65_HS1-834228961_62-HQ-83894_Section_6
Agency: FBI
Page 162
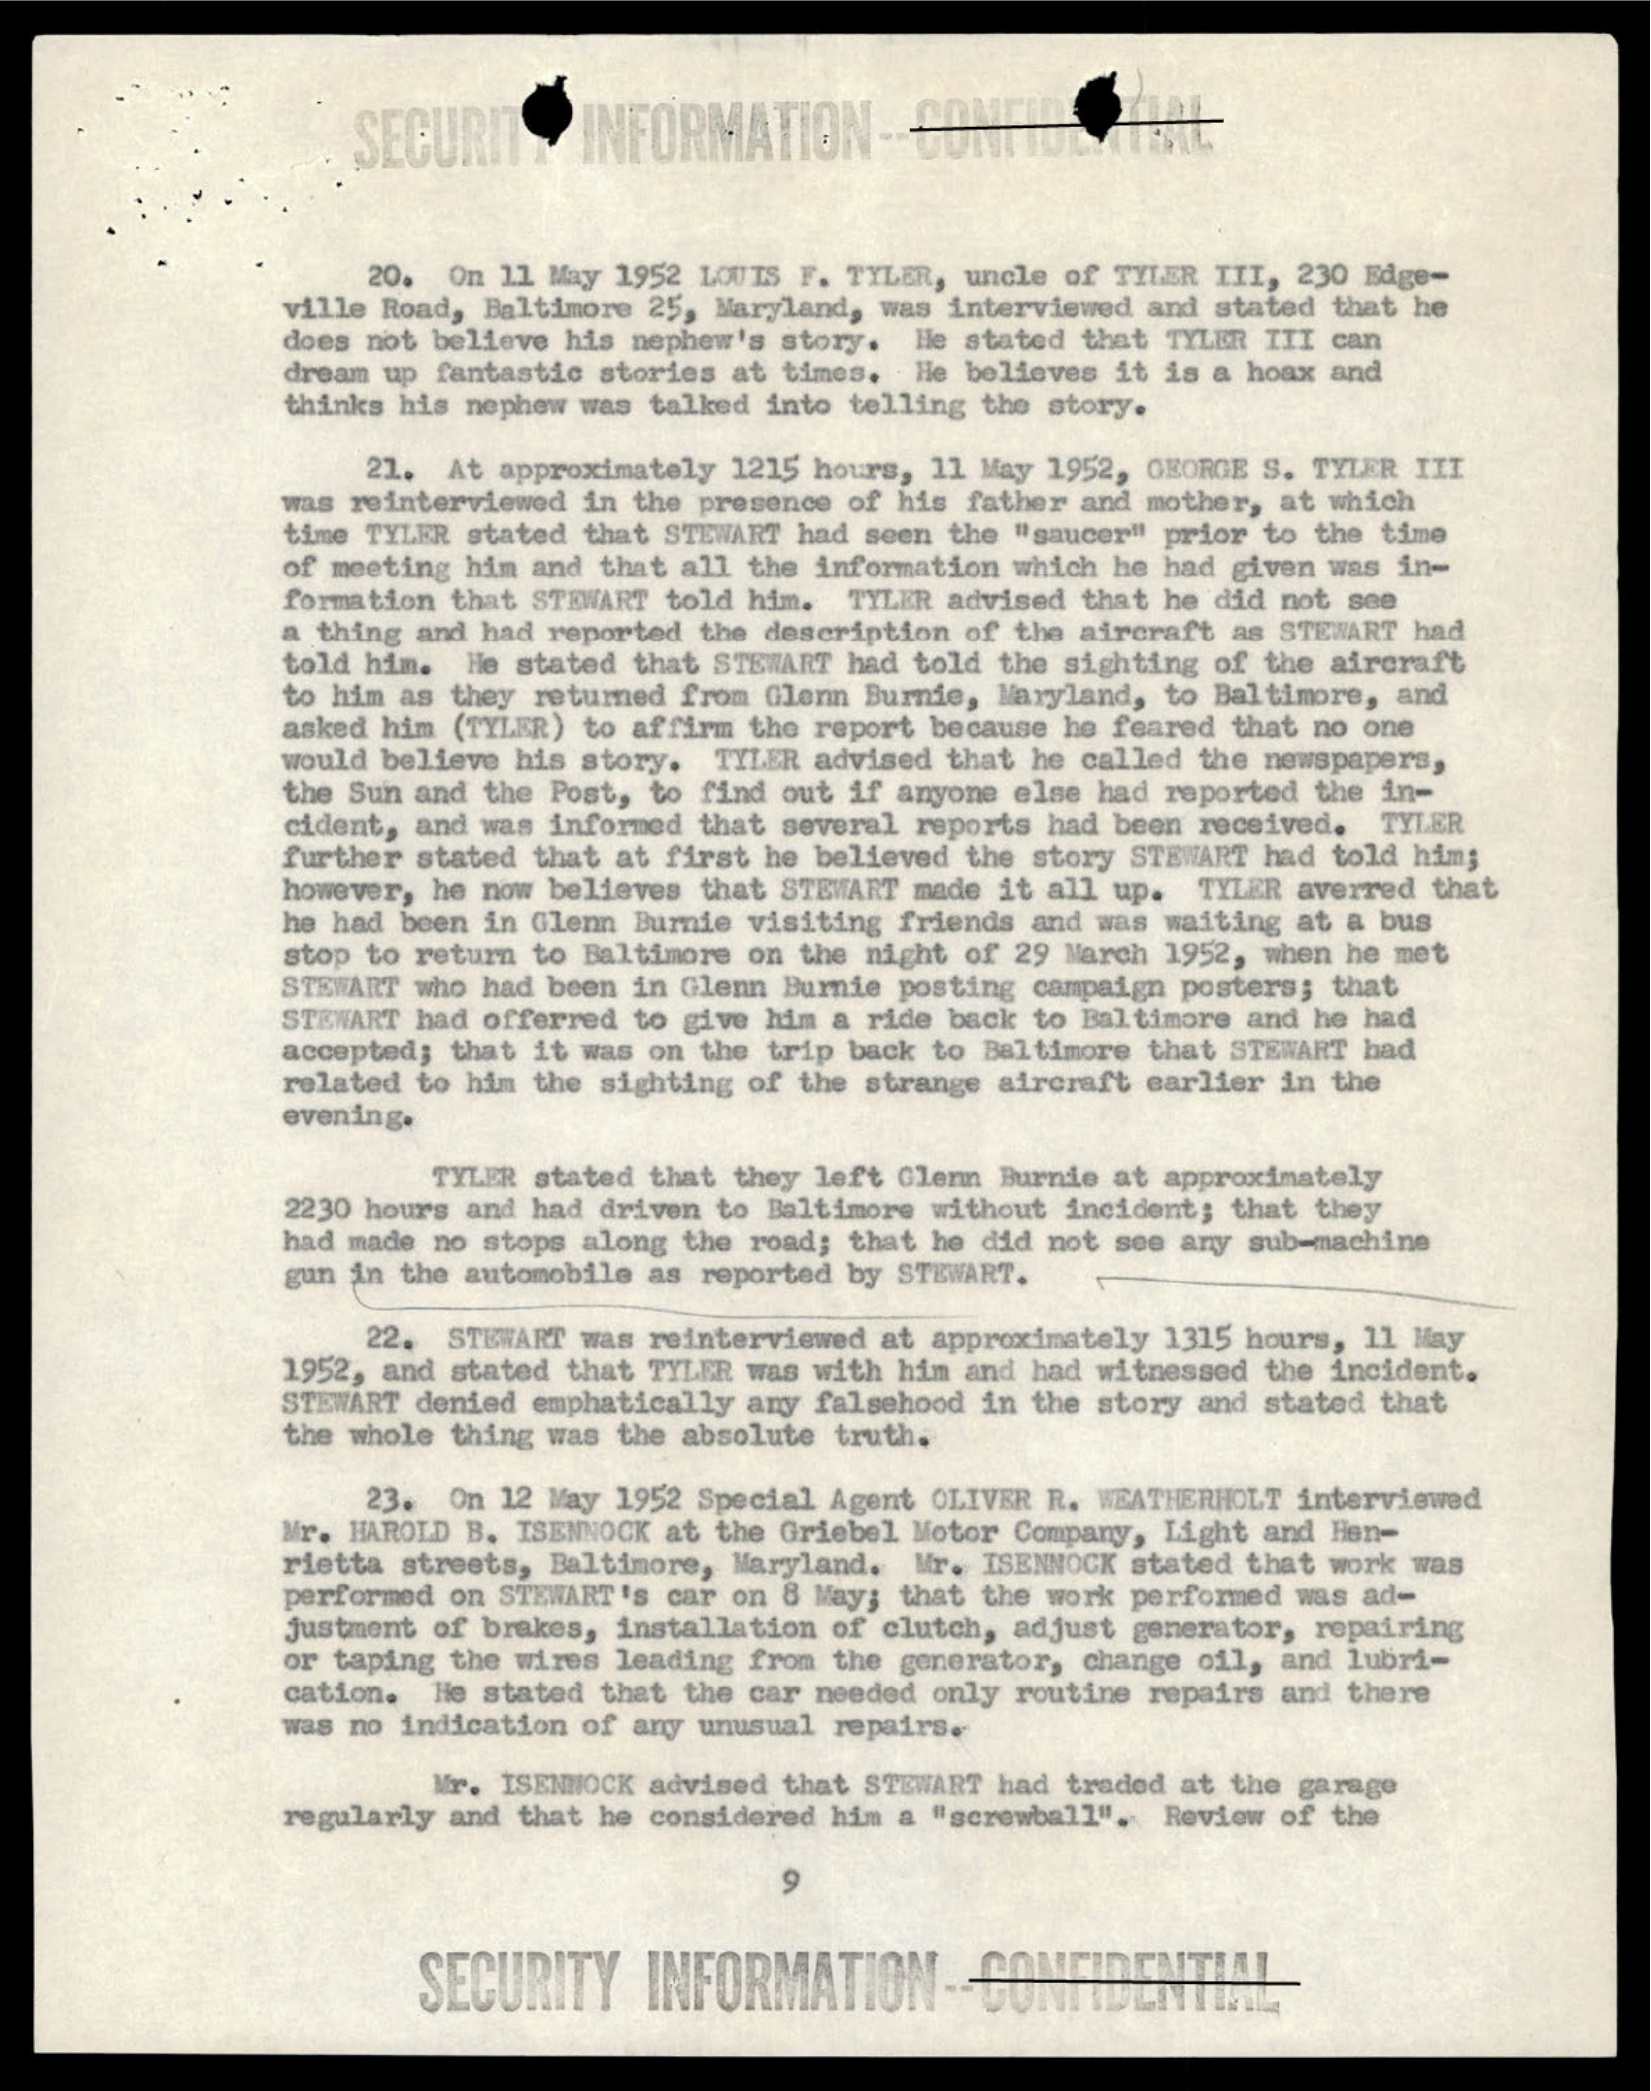